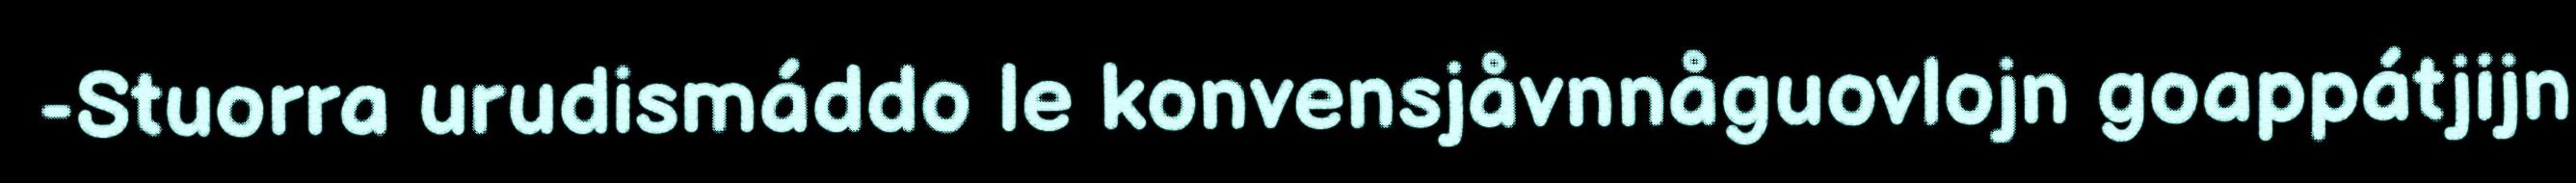
-Stuorra urudismáddo le konvensjåvnnåguovlojn goappátjijn